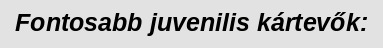
Fontosabb juvenilis kártevők: